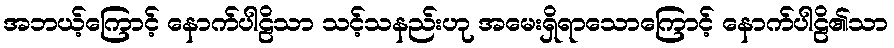
အဘယ့်ကြောင့် နောက်ပါဠိသာ သင့်သနည်းဟု အမေးရှိရာသောကြောင့် နောက်ပါဠိ၏သာ